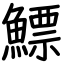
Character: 鰾